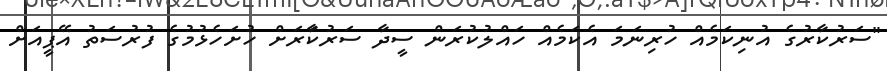
"ސަރުކާރުގެ އުނިކަމެއް ހުރިނަމަ އެކަމެއް ހައްލުކުރަން ސީދާ ސަރުކާަރަށް ހުށަހެޅުމުގެ ފުރުސަތު އޭޕީއަށް